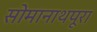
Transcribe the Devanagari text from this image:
सोमानाथपूरा